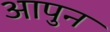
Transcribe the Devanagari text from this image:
आपुन